Annual report of the Bengal Veterinary College and of the Civil Veterinary Department, Bengal, for the year 1909-1910 - 1909-1910
Year: 1909
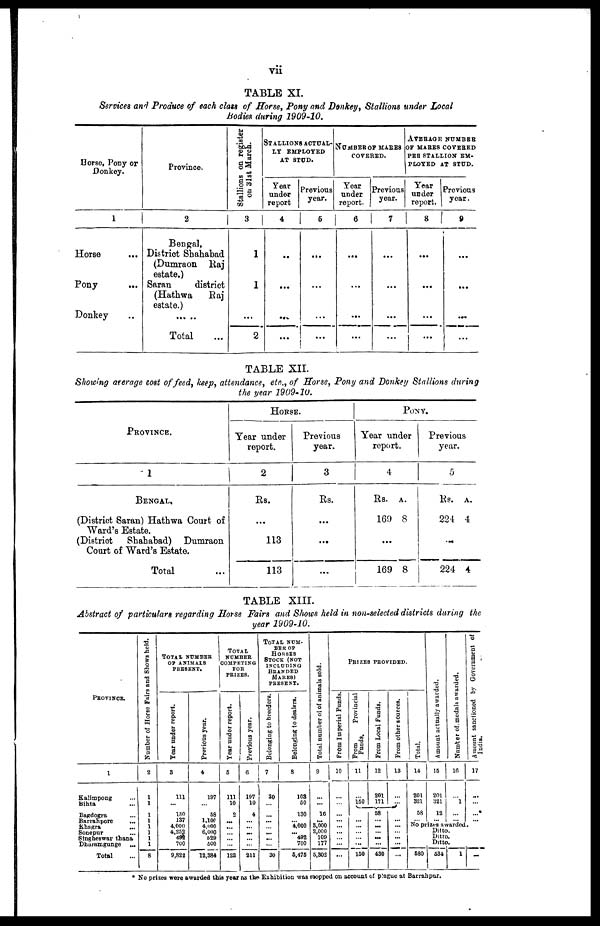
vii
TABLE XI.
Services and Produce of each class of Horse, Pony and Denkey, Stallions under Local
Bodies during 1909-10.
Dorse, Pony or
Donkey.
1
Horse ...
Pony ...
Donkey ..
Province.
2
Bengal,
District Shakabad
(Dumraon Raj
estate.)
Saran
district
(Hathwa
Raj
estate.)
... ..
Total ...
Stallions on register
on 31st March.
3
1
1
...
2
STALLIONS ACTUAL¬
LY EMPLOYED
AT STUD.
Year
under
report
4
..
...
...
...
Previous
year.
5
...
...
...
...
NUMBER OF MARES
COVERED.
Year
under
report.
6
...
...
...
...
Previous
year.
7
...
...
...
...
AVERAGE NUMBER
OF MARES COVERED
PER STALLION EM¬
PLOYED AT STUD.
Year
under
report.
8
...
...
...
...
Previous
year.
9
...
...
...
...
TABLE XII.
Showing arerage cost of feed, keep, attendance, etc., of Horse, Pony and Donkey Stallions during
the year 1909-10.
PROVINCE.
1
BENGAL.
(District Saran) Hathwa Court of
Ward's Estate.
(District
Shahabad)
Dumraon
Court of Ward's Estate.
Total ...
HORSE.
Year under
report.
2
Rs.
...
113
113
Previous
year.
3
Rs.
...
...
...
PONY.
Year under
report
4
Rs.
169
...
169
A.
8
8
Previou
years.
5
Rs.
224
...
224
A.
4
4
TABLE XIII.
Abstract of particulars regarding Horse Fairs and Shows held in non-selected districts during the
year 1909-10.
PROVINCE.
1
Kalimpong ...
Bihta ...
Bagdogra ...
Barrahpore
...
Khagra
...
Sonepur ...
Singheswar thana
Dharamgunge ...
Total ...
Number of Horse Fairs and Shows held.
2
1
1
1
1
1
1
1
1
8
TOTAL NUMBER OF ANIMALS
PRESENT.
Year under report.
3
111
130
137
4,000
4,252
492
700
9,822
Previous year.
4
197
58
1,100
4,000
6,000
529
500
12,384
TOTAL NUMBER
COMPETING
FOR PRIZES.
Year under report.
5
111
10
2
...
...
...
...
...
123
Previous year.
6
197
10
4
...
...
...
...
...
211
TOTAL NUM
¬BER OF
HORSES STOCK (NOT
INCLUDING
BRANDED
MARES)
PRESENT.
Belonging to breeders.
7
30
...
...
...
...
...
...
...
30
Belonging to dealers.
8
108
50
130
...
4,000
... 492
700
5,475
Total number of of animals sold.
9
...
...
16
...
3,000
2,000
109
177
5,302
PRIZES PROVIDED.
From Imperial Funds.
10
...
...
...
...
...
...
...
...
...
From
Provincial
Funds.
11
...
150
...
...
...
...
...
...
150
From Local Funds.
12
201
171
58
...
...
...
...
...
430
From other sources.
13
...
... ...
...
...
...
...
...
Total.
14
201
321
58
...
Amount actually awarded.
15
201
321
12
...
Number of medals awarded.
16
...
1
...
...
Amount sanctioned by Government of
India.
17
...
...
...*
...
No prizes awarded.
680
Ditto.
Ditto.
Ditto.
534
1
...
* No prizes were awarded this year as the Exhibition was stopped on account of plague at Barrahpur.